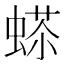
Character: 𧍠